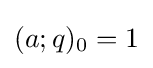
(a;q)_{0}=1